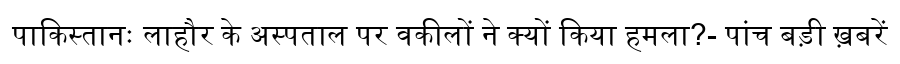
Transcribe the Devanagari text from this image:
पाकिस्तानः लाहौर के अस्पताल पर वकीलों ने क्यों किया हमला?- पांच बड़ी ख़बरें